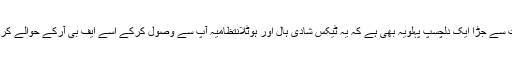
اس بات سے جڑا ایک دلچسپ پہلویہ بھی ہے کہ یہ ٹیکس شادی ہال اور ہوٹلانتظامیہ آپ سے وصول کرکے اسے ایف بی آرکے حوالے کرے گی۔